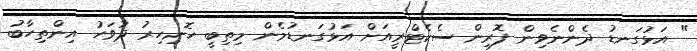
" އަޅުގަނޑު ދެންނެވިން ފޮރިން ސެކެޓްރީއަށް އަޅުގަނޑުމެން މިތިބީ ހޮނިހިރު ދުވަހު އިންތިހާބު